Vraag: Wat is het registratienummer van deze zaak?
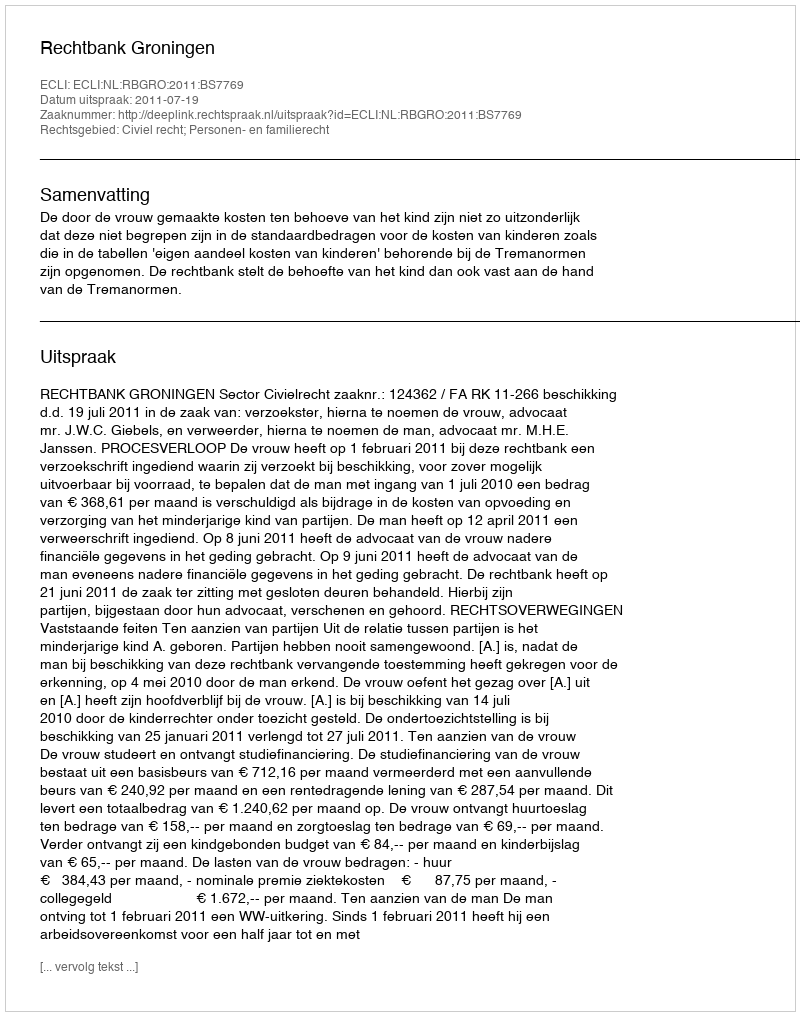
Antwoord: http://deeplink.rechtspraak.nl/uitspraak?id=ECLI:NL:RBGRO:2011:BS7769